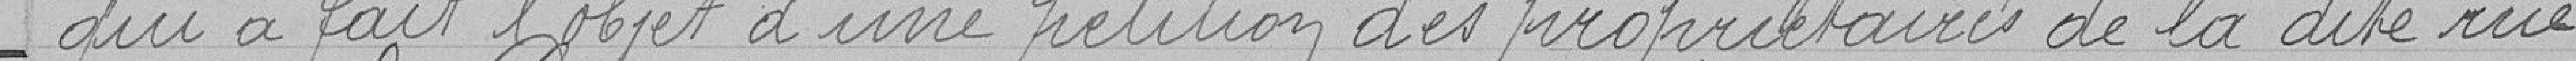
qui a fait l'objet d'une pétition des propriétaires de la dite rue